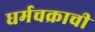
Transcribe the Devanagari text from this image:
धर्मचक्राची